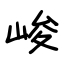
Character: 峻